Rangoon Lunatic Asylum 1878-1892 - 1878-1892
Year: 1878
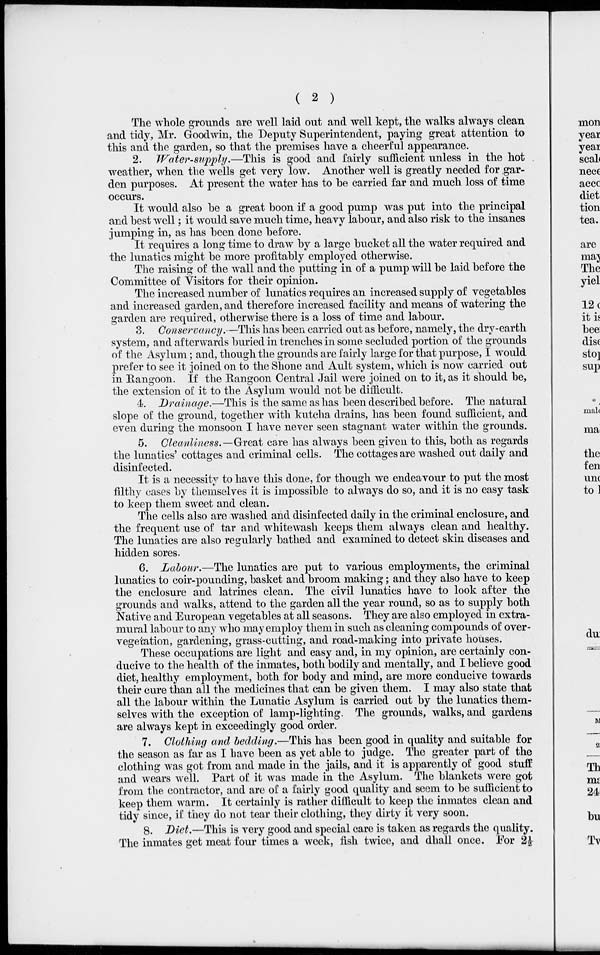
( 2 )
The whole grounds are well laid out and well kept, the walks always clean
and tidy, Mr. Goodwin, the Deputy Superintendent, paying great attention to
this and the garden, so that the premises have a cheerful appearance.
2. Water-supply.—This is good and fairly sufficient unless in the hot .
weather, when the wells get very low. Another well is greatly needed for gar-
den purposes. At present the water has to be carried far and much loss of time
occurs.
It would also be a great boon if a good pump was put into the principal
and best well; it would save much time, heavy labour, and also risk to the insanes
jumping in, as has "been done "before.
It requires a long time to draw by a large bucket all the water required and
the lunatics might be more profitably employed otherwise.
The raising of the wall and the putting in of a pump will be laid before the
Committee of Visitors for their opinion.
The increased number of lunatics requires an increased supply of vegetables
and increased garden, and therefore increased facility and means of watering the
garden are required, otherwise there is a loss of time and labour.
3. Conservancy.—This has been carried out as before, namely, the dry-earth
system, and afterwards buried in trenches in some secluded portion of the grounds
of the Asylum; and, though the grounds are fairly large for that purpose, I would
prefer to see it joined on to the Shone and Ault system, which is now carried out
in Rangoon. If the Rangoon Central Jail were joined on to it, as it should be,
the extension of it to the Asylum would not be difficult.
4. Drainage.—This is the same as has been described before. The natural
slope of the ground, together with kutcha drains, has been found sufficient, and
even during the monsoon I have never seen stagnant water within the grounds.
5. Cleanliness.—Great care has always been given to this, both as regards
the lunatics' cottages and criminal cells. The cottages are washed out daily and
disinfected.
It is a necessity to have this done, for though we endeavour to put the most
filthy cases by themselves it is impossible to always do so, and it is no easy task
to keep them sweet and clean.
The cells also are washed and disinfected daily in the criminal enclosure, and
the frequent use of tar and whitewash keeps them always clean and healthy.
The lunatics are also regularly bathed and examined to detect skin diseases and
hidden sores.
6. Labour.—The lunatics are put to various employments, the criminal
lunatics to coir-pounding, basket and broom making; and they also have to keep
the enclosure and latrines clean. The civil lunatics have to look after the
grounds and walks, attend to the garden all the year round, so as to supply both
Native and European vegetables at all seasons. They are also employed in extra-
mural labour to any who may employ them in such as cleaning compounds of over-
vegetation, gardening, grass-cutting, and road-making into private houses.
These occupations are light and easy and, in my opinion, are certainly con-
ducive to the health of the inmates, both bodily and mentally, and I believe good
diet, healthy employment, both for body and mind, are more conducive towards
their cure than all the medicines that can be given them. I may also state that
all the labour within the Lunatic Asylum is carried out by the lunatics them-
selves with the exception of lamp-lighting. The grounds, walks, and gardens
are always kept in exceedingly good order.
7. Clothing and bedding.—This has been good in quality and suitable for
the season as far as I have been as yet able to judge. The greater part of the
clothing was got from and made in the jails, and it is apparently of good stuff
and wears well. Part of it was made in the Asylum. The blankets were got
from the contractor, and are of a fairly good quality and seem to be sufficient to
keep them warm. It certainly is rather difficult to keep the inmates clean and
tidy since, if they do not tear their clothing, they dirty it very soon.
8. Diet.—This is very good and special care is taken as regards the quality.
The inmates get meat four times a week, fish twice, and dhall once. For 2½